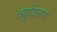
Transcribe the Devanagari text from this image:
क्यूबिलास